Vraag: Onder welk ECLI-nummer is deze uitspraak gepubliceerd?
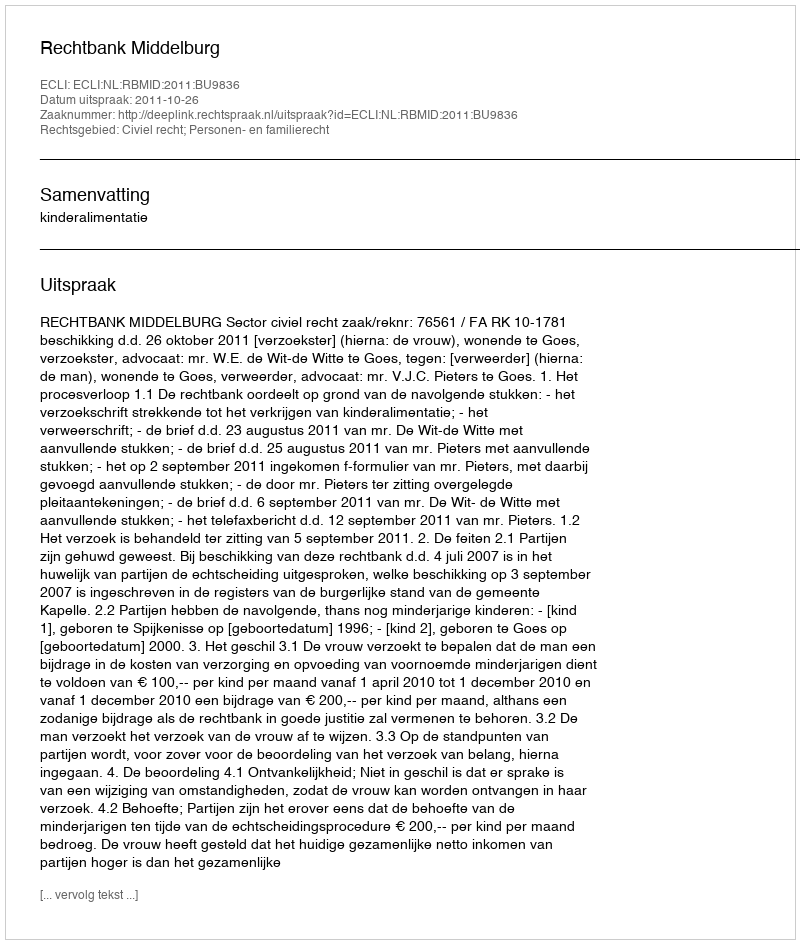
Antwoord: ECLI:NL:RBMID:2011:BU9836